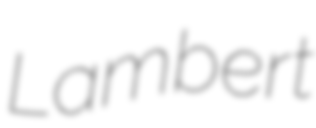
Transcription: Lambert